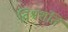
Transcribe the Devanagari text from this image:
विश्वशंति